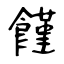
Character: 饉